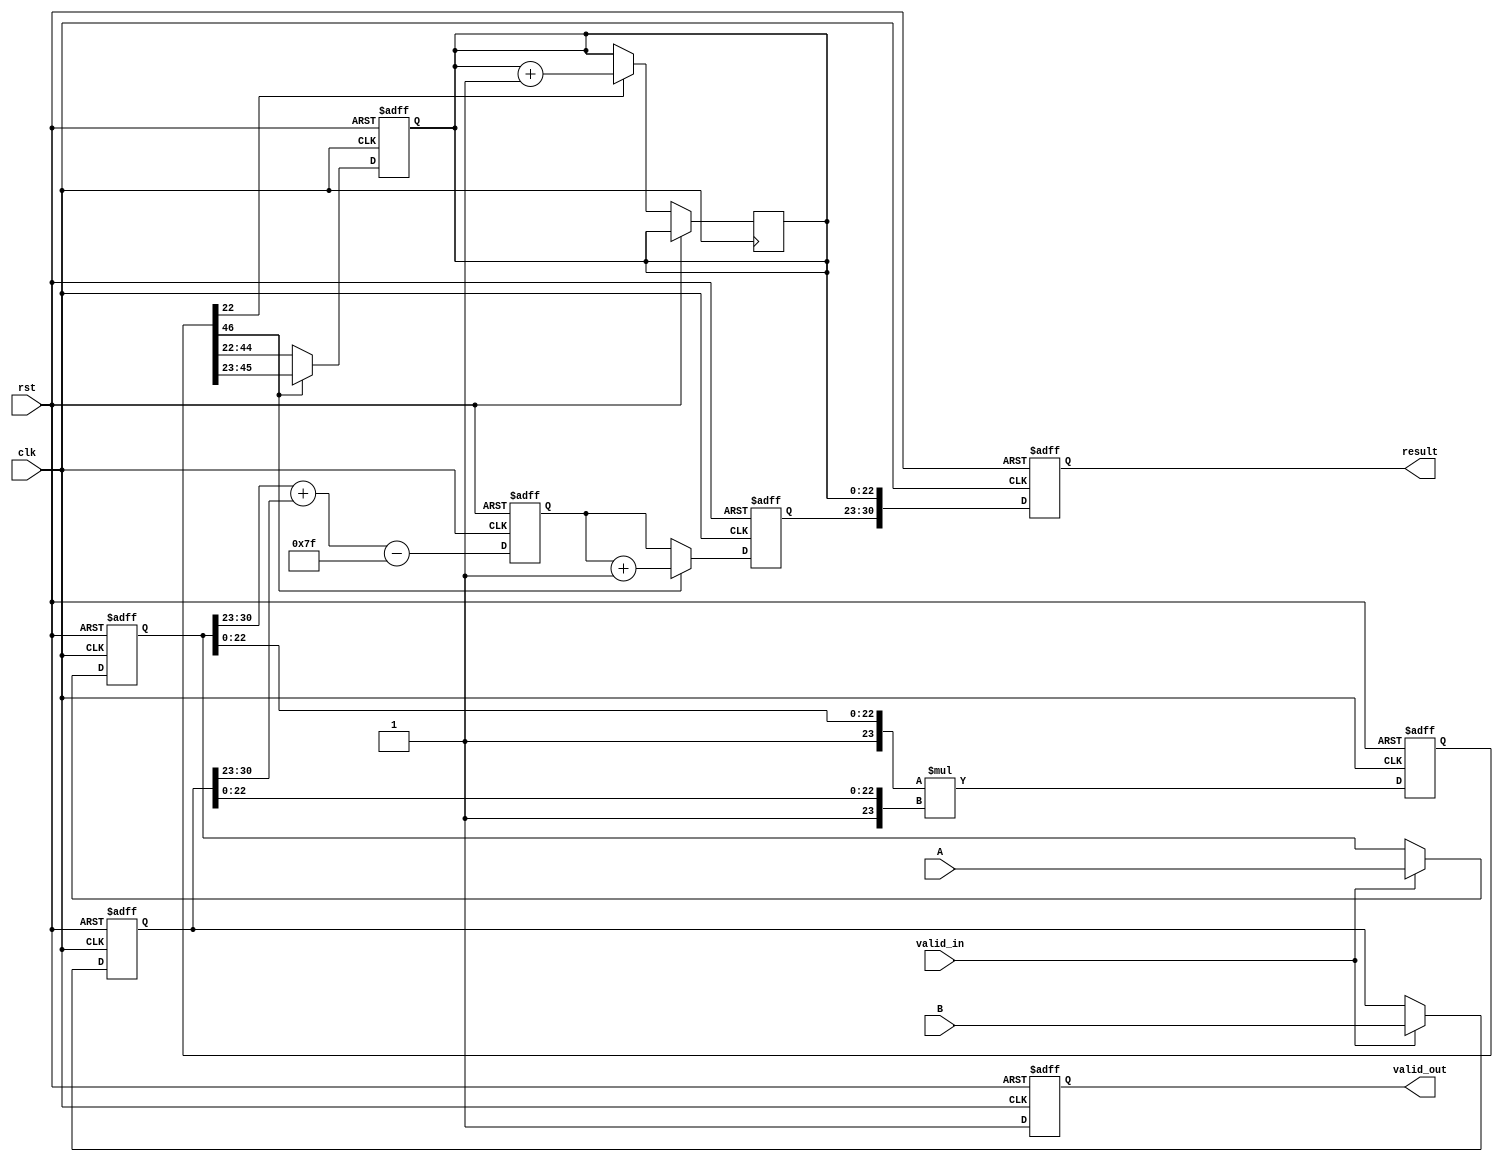
module pipelined_fp_multiplier (
    input clk,
    input rst,
    input [31:0] A,
    input [31:0] B,
    input valid_in,
    output reg [31:0] result,
    output reg valid_out
);

    // Pipeline registers
    reg [31:0] A_reg, B_reg;
    reg [1:0] sign;
    reg [8:0] exponent;
    reg [46:0] mantissa;
    reg [22:0] mantissa_out;
    reg [7:0] exponent_out;
    reg sign_out;

    // Stage 1: Input and Decomposition
    always @(posedge clk or posedge rst) begin
        if (rst) begin
            A_reg <= 32'b0;
            B_reg <= 32'b0;
        end else if (valid_in) begin
            A_reg <= A;
            B_reg <= B;
        end
    end

    // Stage 2: Sign and Exponent Calculation
    always @(posedge clk or posedge rst) begin
        if (rst) begin
            sign <= 2'b0;
            exponent <= 9'b0;
        end else begin
            sign <= {A_reg[31], B_reg[31]} ^ 1'b1; // XOR for sign
            exponent <= (A_reg[30:23] + B_reg[30:23] - 8'd127); // Exponent calculation
        end
    end

    // Stage 3: Mantissa Multiplication
    always @(posedge clk or posedge rst) begin
        if (rst) begin
            mantissa <= 47'b0;
        end else begin
            mantissa <= {1'b1, A_reg[22:0]} * {1'b1, B_reg[22:0]}; // Mantissa multiplication
        end
    end

    // Stage 4: Normalization
    always @(posedge clk or posedge rst) begin
        if (rst) begin
            mantissa_out <= 23'b0;
            exponent_out <= 8'b0;
        end else begin
            if (mantissa[46]) begin
                mantissa_out <= mantissa[45:23]; // Normalized
                exponent_out <= exponent + 8'd1; // Adjust exponent
            end else begin
                // Right shift until leading 1 is found
                mantissa_out <= mantissa[44:22]; // Assuming normalization
                exponent_out <= exponent; // No adjustment
            end
        end
    end

    // Stage 5: Rounding and Output Assembly
    always @(posedge clk or posedge rst) begin
        if (rst) begin
            result <= 32'b0;
            valid_out <= 1'b0;
        end else begin
            // Rounding (simple round to nearest)
            if (mantissa[22]) begin // Check for rounding
                mantissa_out <= mantissa_out + 1;
            end
            // Assemble final result
            result <= {sign_out, exponent_out[7:0], mantissa_out[22:0]};
            valid_out <= 1'b1; // Indicate output is valid
        end
    end

endmodule